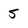
Character: 5